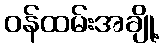
ဝန်ထမ်းအချို့